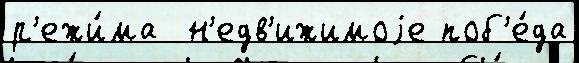
р'ежи́ма  н'едв'ижимоjе поб'е́да